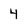
Character: 4